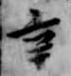
辛